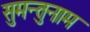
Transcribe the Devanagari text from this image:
सुमन्तुनाम